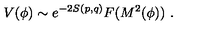
V ( \phi ) \sim { e ^ { - 2 S ( p , q ) } } F ( M ^ { 2 } ( \phi ) ) \ .